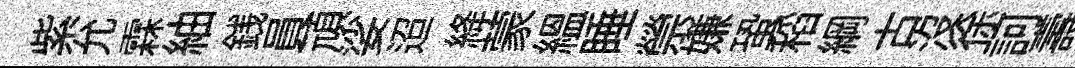
紫允霖紬銭員頑娑迢絳蒙緼睡禜嫌蛩稻綱古沒徐訶壽